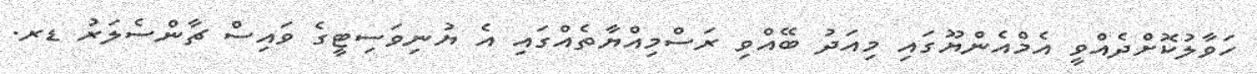
ހަވާލުކޮށްދެއްވީ އެމްއެންޔޫގައި މިއަދު ބޭއްވި ރަސްމިއްޔާތެއްގައި އެ ޔުނިވަސިޓީގެ ވައިސް ޗާންސެލަރު ޑރ.